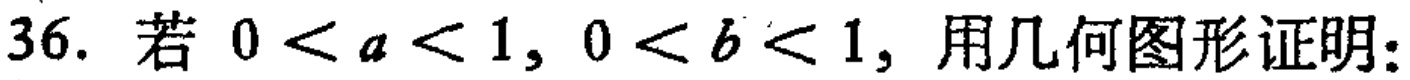
36. 若 \(0 < a < 1, 0 < b < 1\)，用几何图形证明：